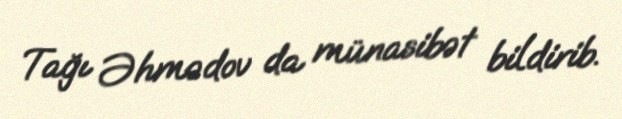
Tağı Əhmədov da münasibət bildirib.